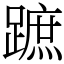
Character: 蹠